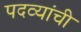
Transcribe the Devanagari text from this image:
पदव्यांची